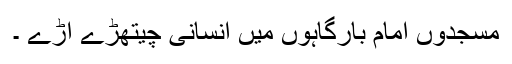
مسجدوں امام بارگاہوں میں انسانی چیتھڑے اڑے ۔